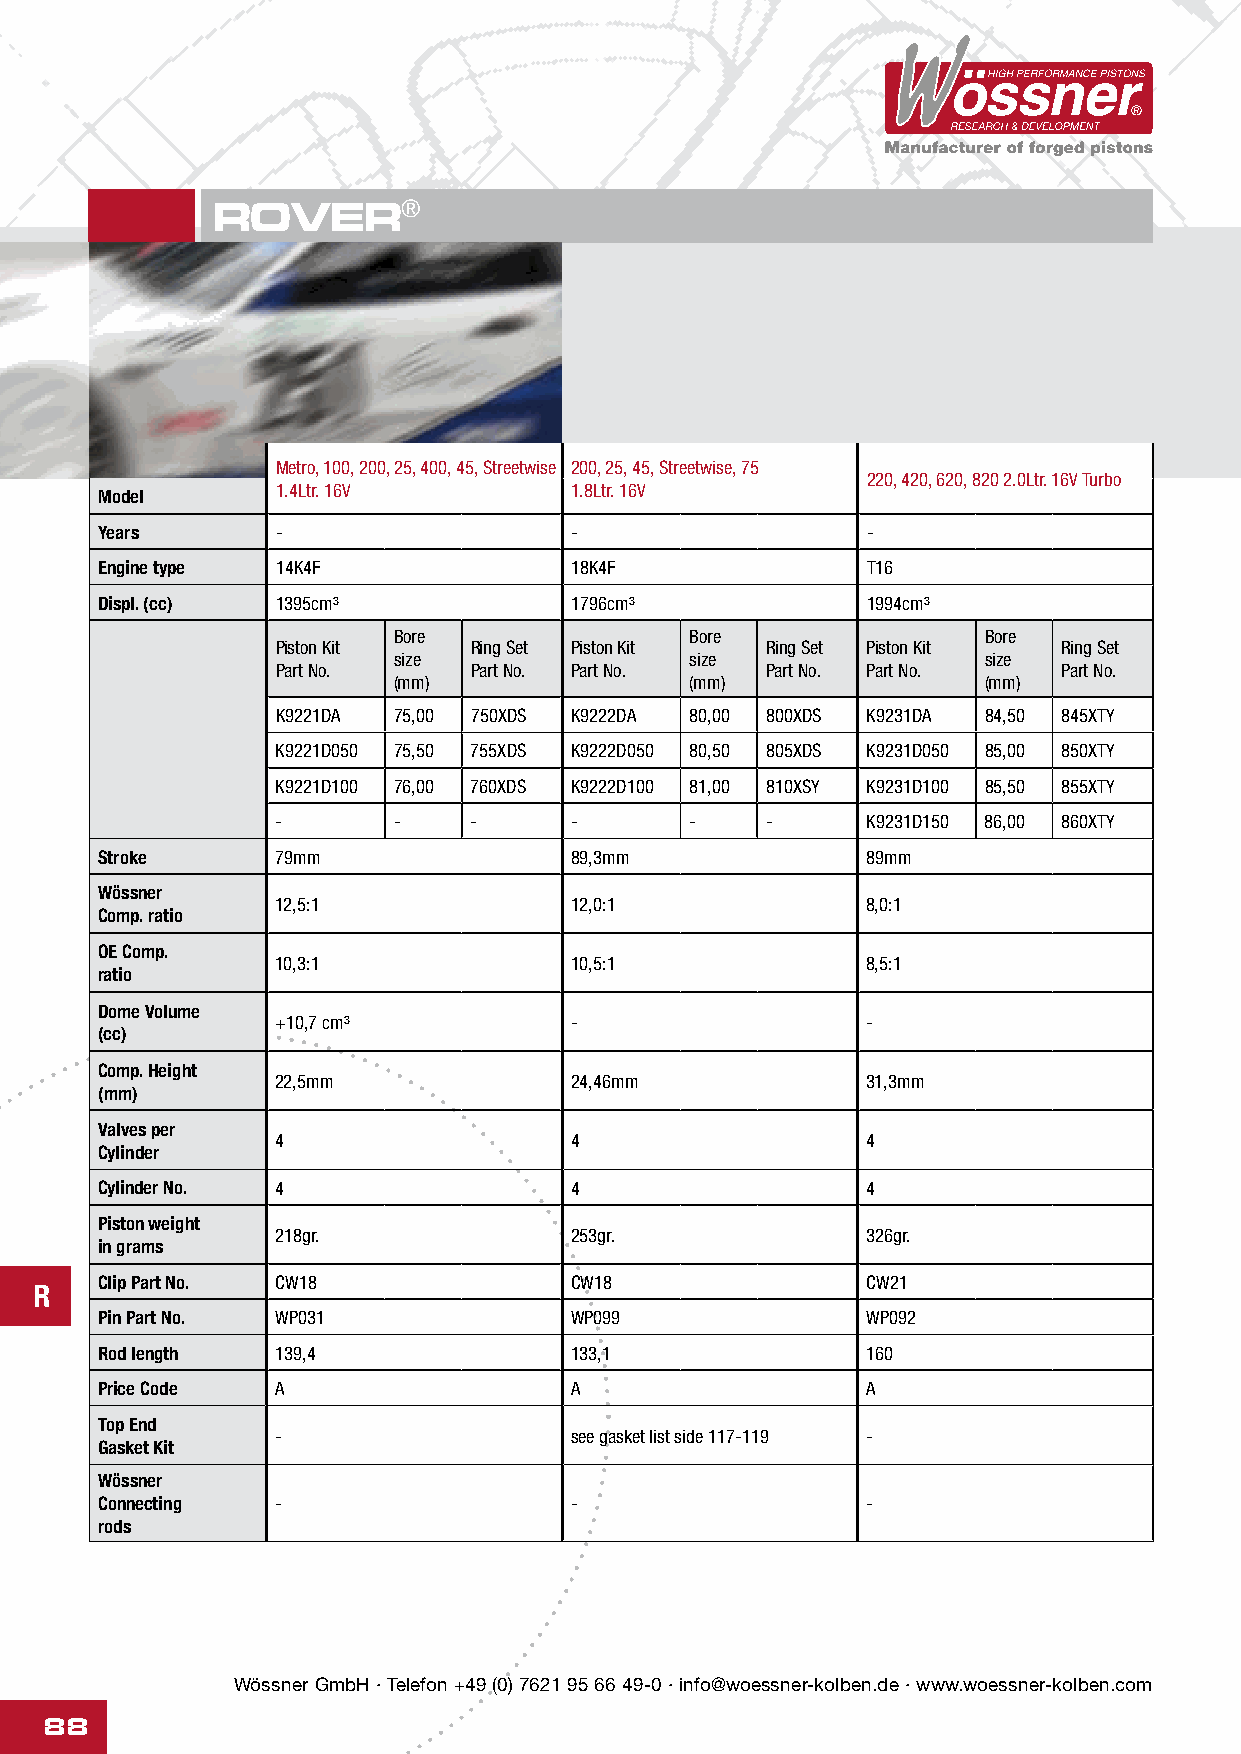
ROVER®
 Metro, 100, 200, 25, 400, 45, Streetwise 200, 25, 45, Streetwise, 75
 220, 420, 620, 820 2.0Ltr. 16V Turbo
 1.4Ltr. 16V         1.8Ltr. 16V
 Model
 Years      -                   -                  -
 Engine type 14K4F              18K4F              T16
 Displ. (cc) 1395cm³            1796cm³            1994cm³
 Bore                Bore               Bore
 Piston Kit   Ring Set Piston Kit Ring Set Piston Kit Ring Set
 size                size               size
 Part No.     Part No. Part No.   Part No. Part No.  Part No.
 (mm)                (mm)               (mm)
 K9221DA 75,00 750XDS K9222DA 80,00 800XDS K9231DA 84,50 845XTY
 K9221D050 75,50 755XDS K9222D050 80,50 805XDS K9231D050 85,00 850XTY
 K9221D100 76,00 760XDS K9222D100 81,00 810XSY K9231D100 85,50 855XTY
 -       -    -      -       -    -     K9231D150 86,00 860XTY
 Stroke      79mm                89,3mm             89mm
 Wössner
 12,5:1              12,0:1             8,0:1
 Comp. ratio
 OE Comp.
 10,3:1              10,5:1             8,5:1
 ratio
 Dome Volume
 +10,7 cm³           -                  -
 (cc)
 Comp. Height
 22,5mm              24,46mm            31,3mm
 (mm)
 Valves per
 4                   4                  4
 Cylinder
 Cylinder No. 4                  4                  4
 Piston weight
 218gr.              253gr.             326gr.
 in grams
 Clip Part No. CW18              CW18               CW21
 R
 Pin Part No. WP031              WP099              WP092
 Rod length  139,4               133,1              160
 Price Code  A                   A                  A
 Top End
 -                   see gasket list side 117-119 -
 Gasket Kit
 Wössner
 Connecting  -                   -                  -
 rods
 Wössner GmbH · Telefon +49 (0) 7621 95 66 49-0 · info@woessner-kolben.de · www.woessner-kolben.com
 88